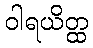
ဝါရယိတ္ထ